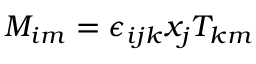
M _ { i m } = \epsilon _ { i j k } x _ { j } T _ { k m }